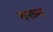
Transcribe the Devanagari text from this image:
गरुन